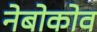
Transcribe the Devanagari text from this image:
नेबोकोव